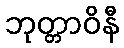
ဘုတ္တာဝိနီ